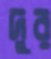
দুর